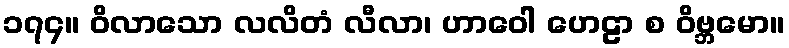
၁၇၄။ ဝိလာသော လလိတံ လီလာ၊ ဟာဝေါ ဟေဠာ စ ဝိဗ္ဘမော။